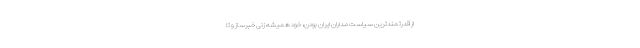
از قدرتمندترین سیاست مداران ایران بودن، خود همیشه زنی خبرساز و تا